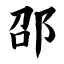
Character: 邵